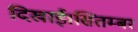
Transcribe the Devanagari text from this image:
दिखाई।सितम्बर